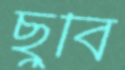
ছুঁবি